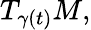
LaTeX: T_{\gamma(t)}M,